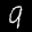
Label: 9